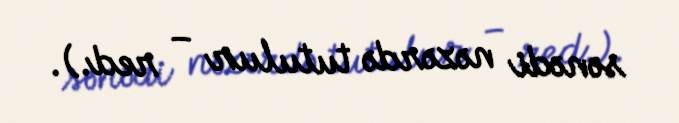
sənədi nəzərdə tutulur – red.).